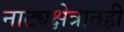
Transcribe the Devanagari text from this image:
नाट्यक्षेत्रातही